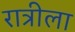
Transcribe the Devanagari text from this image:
रात्रीला